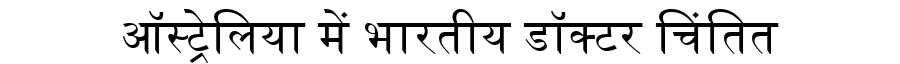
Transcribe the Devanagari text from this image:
ऑस्ट्रेलिया में भारतीय डॉक्टर चिंतित